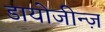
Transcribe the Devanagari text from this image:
डायोजीन्ज़